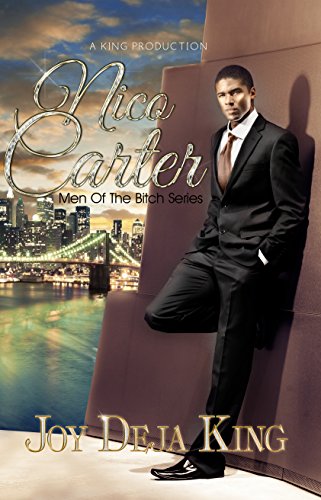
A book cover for Nico Carter...Men Of The Bitch Series; Joy Deja King; Literature & Fiction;